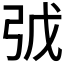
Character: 𢏌